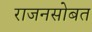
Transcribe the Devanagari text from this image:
राजनसोबत